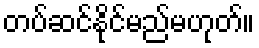
တပ်ဆင်နိုင်မည်မဟုတ်။